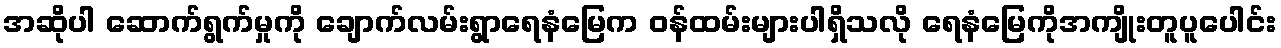
အဆိုပါ ဆောက်ရွက်မှုကို ချောက်လမ်းရွာရေနံမြေက ဝန်ထမ်းများပါရှိသလို ရေနံမြေကိုအကျိုးတူပူပေါင်း